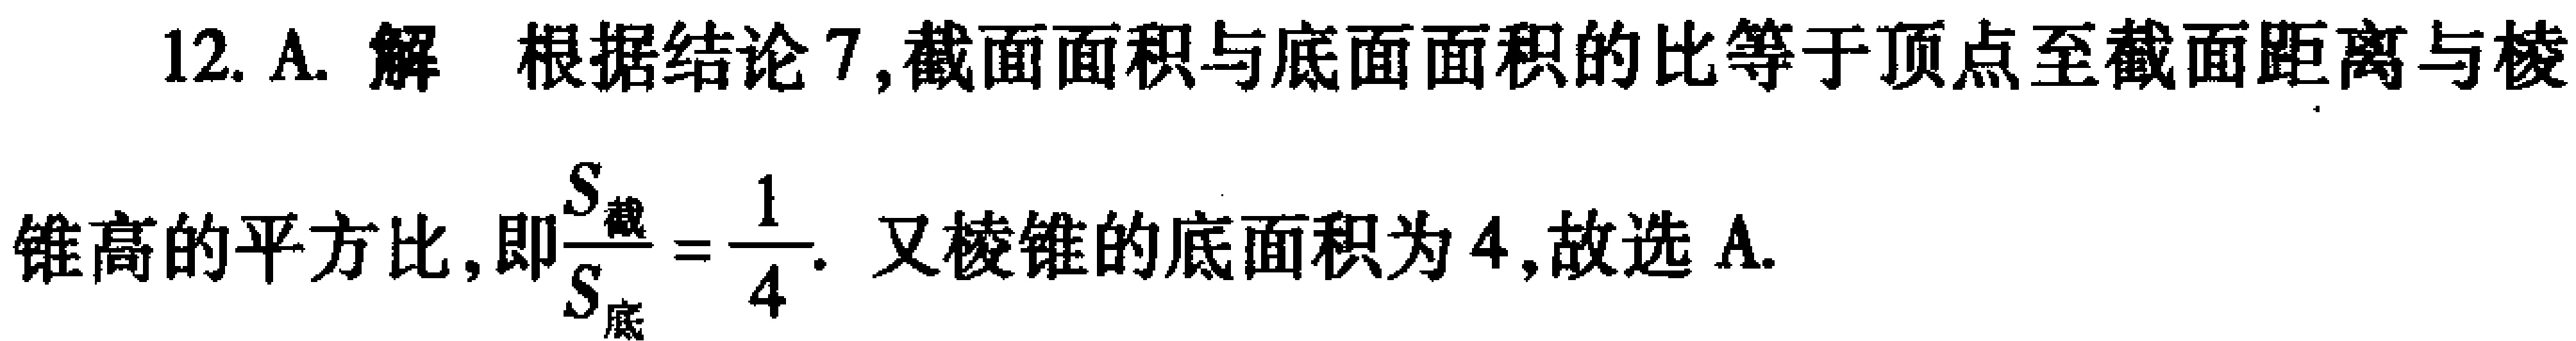
12. A. 解 根据结论7,截面面积与底面面积的比等于顶点至截面距离与棱
锥高的平方比,即$\frac{S_{截}}{S_{底}} = \frac{1}{4}$. 又棱锥的底面积为4,故选 A.